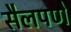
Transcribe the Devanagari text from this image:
सैलपणे